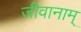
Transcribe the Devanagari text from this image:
जीवानाम्‌